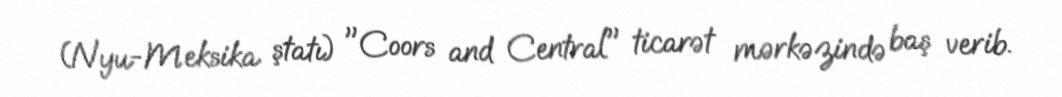
(Nyu-Meksika ştatı) "Coors and Central" ticarət mərkəzində baş verib.